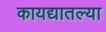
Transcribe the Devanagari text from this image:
कायद्यातल्या